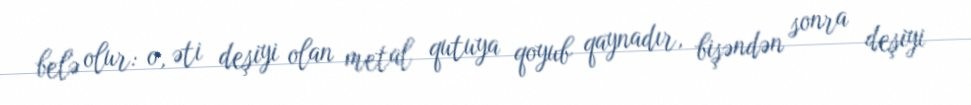
belə olur: o, əti deşiyi olan metal qutuya qoyub qaynadır, bişəndən sonra deşiyi